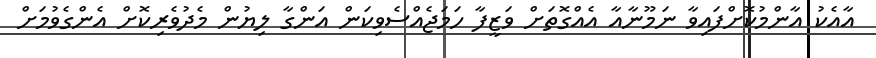
އާއެކު އާންމުކޮށްފައިވާ ނަމޫނާއާ އެއްގޮތަށް ވަޒީފާ ހަމަޖެއްސެވިކަން އަންގާ ލިޔުން މެދުވެރިކޮށް އެންގެވުމަށް